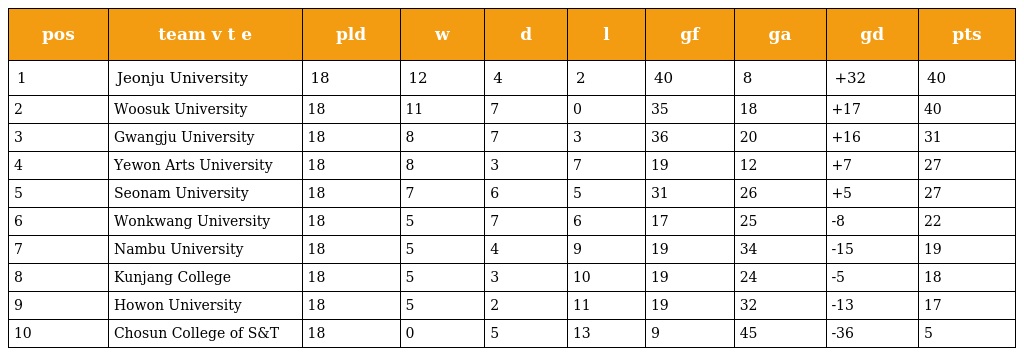
| pos | team v t e | pld | w | d | l | gf | ga | gd | pts |
 | --- | --- | --- | --- | --- | --- | --- | --- | --- | --- |
 | 1 | Jeonju University | 18 | 12 | 4 | 2 | 40 | 8 | +32 | 40 |
 | 2 | Woosuk University | 18 | 11 | 7 | 0 | 35 | 18 | +17 | 40 |
 | 3 | Gwangju University | 18 | 8 | 7 | 3 | 36 | 20 | +16 | 31 |
 | 4 | Yewon Arts University | 18 | 8 | 3 | 7 | 19 | 12 | +7 | 27 |
 | 5 | Seonam University | 18 | 7 | 6 | 5 | 31 | 26 | +5 | 27 |
 | 6 | Wonkwang University | 18 | 5 | 7 | 6 | 17 | 25 | -8 | 22 |
 | 7 | Nambu University | 18 | 5 | 4 | 9 | 19 | 34 | -15 | 19 |
 | 8 | Kunjang College | 18 | 5 | 3 | 10 | 19 | 24 | -5 | 18 |
 | 9 | Howon University | 18 | 5 | 2 | 11 | 19 | 32 | -13 | 17 |
 | 10 | Chosun College of S&T | 18 | 0 | 5 | 13 | 9 | 45 | -36 | 5 |